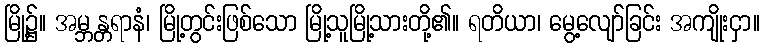
မြို့၌။ အမ္ဘန္တရာနံ၊ မြို့တွင်းဖြစ်သော မြို့သူမြို့သားတို့၏။ ရတိယာ၊ မွေ့လျော်ခြင်း အကျိုးငှာ။